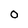
Character: 0